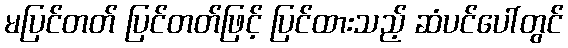
မပြင်တတ် ပြင်တတ်ဖြင့် ပြင်ထားသည့် ဆံပင်ပေါ်တွင်